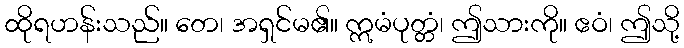
ထိုရဟန်းသည်။ တေ၊ အရှင်မ၏။ ဣမံပုတ္တံ၊ ဤသားကို။ ဧဝံ၊ ဤသို့